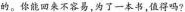
的。你能回来不容易，为了一本书，值得吗？